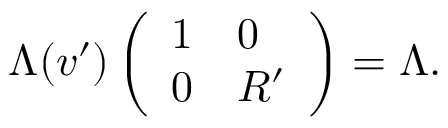
\Lambda ( v ^ { \prime } ) \left( \begin{array} { l l } { 1 } & { 0 } \\ { 0 } & { R ^ { \prime } } \end{array} \right) = \Lambda .